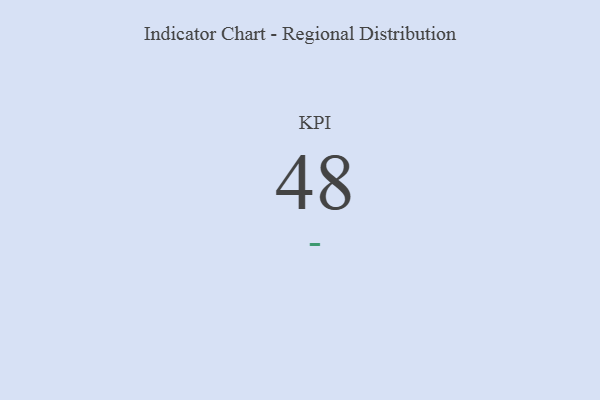
{"axis": {"x": "KPI", "y": "Value"}, "legend": [""], "data": [{"x": "KPI", "y": 48, "type": ""}]}